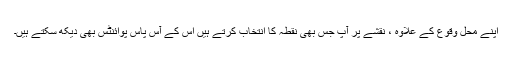
اپنے محل وقوع کے علاوہ ، نقشے پر آپ جس بھی نقطہ کا انتخاب کرتے ہیں اس کے آس پاس پوائنٹس بھی دیکھ سکتے ہیں۔